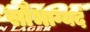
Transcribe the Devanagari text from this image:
सौभाग्यदं